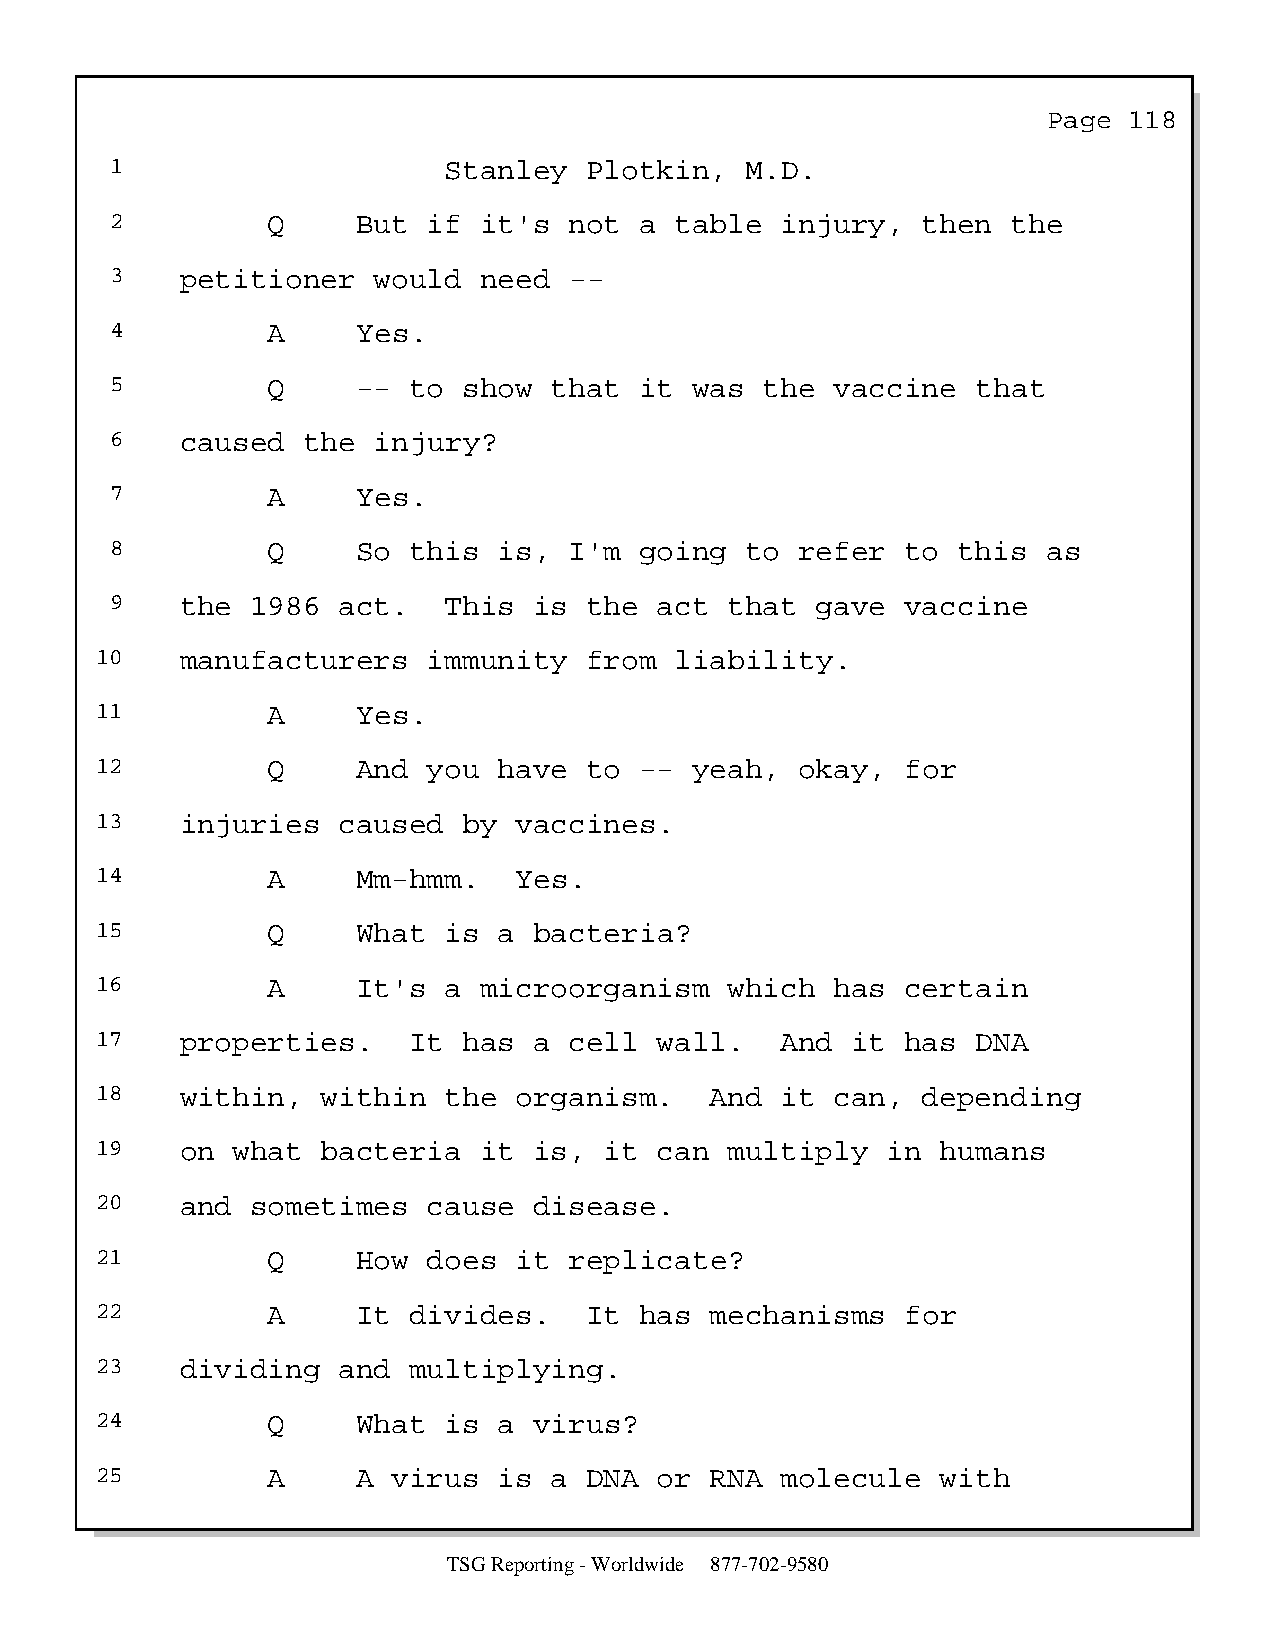
Page  118
 1                     Stanley   Plotkin,  M.D.
 2          Q     But if  it's  not a  table  injury,  then  the
 3    petitioner   would  need  --
 4          A     Yes.
 5          Q     -- to  show that  it  was  the vaccine   that
 6    caused  the  injury?
 7          A     Yes.
 8          Q     So this  is,  I'm going  to  refer  to this  as
 9    the  1986 act.   This  is  the  act that  gave  vaccine
 10    manufacturers   immunity   from  liability.
 11          A     Yes.
 12          Q     And you  have  to --  yeah,  okay,  for
 13    injuries  caused   by vaccines.
 14          A     Mm-hmm.   Yes.
 15          Q     What is  a bacteria?
 16          A     It's a  microorganism   which  has  certain
 17    properties.    It  has a  cell  wall.   And it  has  DNA
 18    within,  within  the  organism.    And  it can,  depending
 19    on what  bacteria   it is,  it  can multiply   in humans
 20    and  sometimes  cause  disease.
 21          Q     How does  it  replicate?
 22          A     It divides.    It has  mechanisms   for
 23    dividing  and  multiplying.
 24          Q     What is  a virus?
 25          A     A virus  is a  DNA  or RNA  molecule  with
 TSG Reporting - Worldwide 877-702-9580